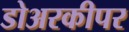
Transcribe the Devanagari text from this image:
डोअरकीपर